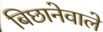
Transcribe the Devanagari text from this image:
बिछानेवाले